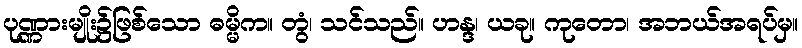
ပုဏ္ဏားမျိုး၌ဖြစ်သော ဓမ္မိက။ တွံ၊ သင်သည်။ ဟန္ဒ၊ ယခု။ ကုတော၊ အဘယ်အရပ်မှ။